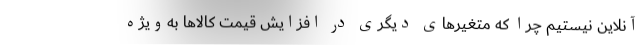
آنلاین نیستیم چرا که متغیر‌های دیگری در افزایش قیمت کالا‌ها به‌ویژه